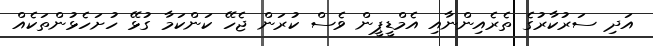
އަދި ސަރުކާރުގެ ތެރެއިންނާއި އެމްޑީޕީން ވެސް ކުރަން ޖެހޭ ކަންކަމާ ގުޅޭ ހުށަހެޅުންތަކެއް